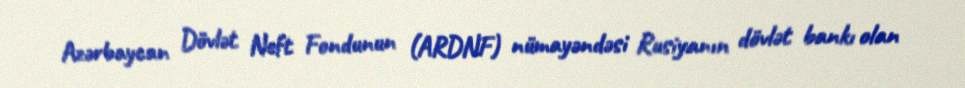
Azərbaycan Dövlət Neft Fondunun (ARDNF) nümayəndəsi Rusiyanın dövlət bankı olan